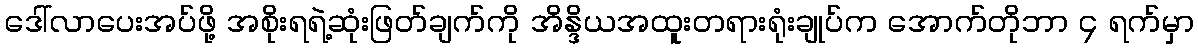
ဒေါ်လာပေးအပ်ဖို့ အစိုးရရဲ့ဆုံးဖြတ်ချက်ကို အိန္ဒိယအထူးတရားရုံးချုပ်က အောက်တိုဘာ ၄ ရက်မှာ